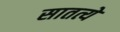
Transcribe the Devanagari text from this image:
सातत्ये